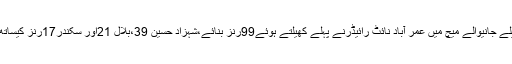
جمخانہ گراؤنڈ پر کھیلے جانیوالے میچ میں عمر آباد نائٹ رائیڈرنے پہلے کھیلتے ہوئے99رنز بنائے،شہزاد حسین 39،بلال 21اور سکندر17رنز کیساتھ نمایاں بلے باز رہے۔